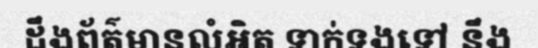
ដឹងព័ត៌មានលំអិត ទាក់ទងទៅ នឹង